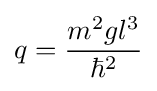
q={\frac {m^{2}gl^{3}}{\hbar ^{2}}}